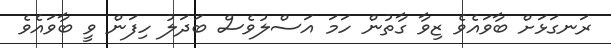
ރަނގަޅަށް ބާވައެވެ ޒިވާ ގާތުން ހަމަ އަސްލުވެސް ބަދަލު ހިފަން ވީ ބާވައެވެ